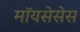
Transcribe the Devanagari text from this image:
मॉयसेसेस